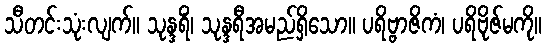
သီတင်းသုံးလျက်။ သုန္ဒရိံ၊ သုန္ဒရီအမည်ရှိသော။ ပရိဗ္ဗာဇိကံ၊ ပရိဗိုဇ်မကို။